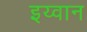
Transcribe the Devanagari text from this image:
इय्वान